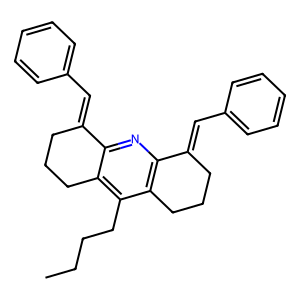
SMILES: CCCCc1c2c(nc3c1CCCC3=Cc1ccccc1)C(=Cc1ccccc1)CCC2
Inhibits HIV replication: No